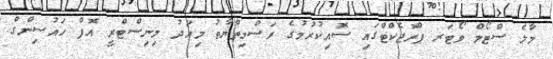
މާލެ ސްޓޯމް ވޯޓަރ ޕްރޮޖެކްޓްގައި ސޮއިކުރުމުގެ ރަސްމިތްޔާތު މިއަދު މިނިސްޓްރީ އޮފް ހައުސިންގް